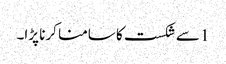
1 سے شکست کا سامنا کرنا پڑا۔